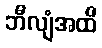
ဘီလျံအထိ